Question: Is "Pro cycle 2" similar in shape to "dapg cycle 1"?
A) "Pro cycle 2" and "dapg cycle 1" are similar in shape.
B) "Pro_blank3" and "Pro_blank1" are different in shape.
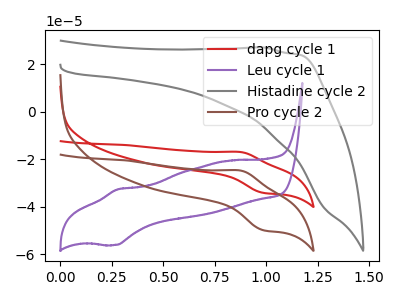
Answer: <think>The red curve "dapg cycle 1" has an anodic peak at (0.90V, -16.90uA) and a cathodic peak at (1.00V, -34.10uA). The purple curve "Leu cycle 1" has an anodic peak at (0.30V, -32.65uA) and a cathodic peak at (0.25V, -56.05uA). The gray curve "Histadine cycle 2" has no peaks. The brown curve "Pro cycle 2" has an anodic peak at (0.90V, -24.70uA) and a cathodic peak at (1.00V, -49.80uA).
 All the peaks in "Pro cycle 2" have a peak in "dapg cycle 1" at the same potential.</think>
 <answer>A) "Pro cycle 2" and "dapg cycle 1" are similar in shape.</answer>
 <eval>A</eval>